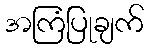
အကြံပြုချက်